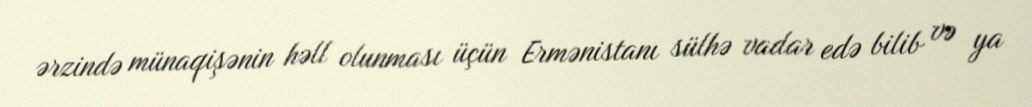
ərzində münaqişənin həll olunması üçün Ermənistanı sülhə vadar edə bilib və ya